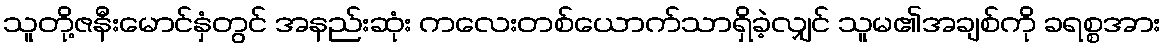
သူတို့ဇနီးမောင်နှံတွင် အနည်းဆုံး ကလေးတစ်ယောက်သာရှိခဲ့လျှင် သူမ၏အချစ်ကို ခရစ္စအား